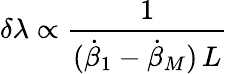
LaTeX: \delta\lambda\propto\frac{1}{(\dot{\beta}_{1}-\dot{\beta}_{M})\, L}